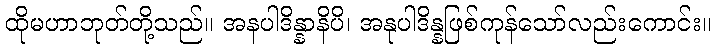
ထိုမဟာဘုတ်တို့သည်။ အနပါဒိန္နာနိပိ၊ အနုပါဒိန္နဖြစ်ကုန်သော်လည်းကောင်း။